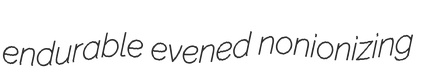
endurable evened nonionizing